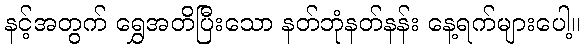
နင့်အတွက် ရွှေအတိပြီးသော နတ်ဘုံနတ်နန်း နေ့ရက်များပေါ့။